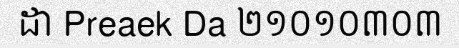
ដា Preaek Da ២១០១០៣០៣